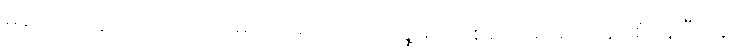
မရှိတော့ဘူး ထင်တယ် မောင်မောင်လတ်၊ သူ့မှာ အစစ အရာရာ ပြည့်စုံနေပြီ၊ သူ